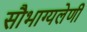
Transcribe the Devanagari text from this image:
सौभाग्यलेणी